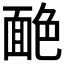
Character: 𦫥